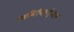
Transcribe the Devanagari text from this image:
एडमिनिस्‍ट्रेशन